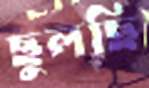
ছুলছি